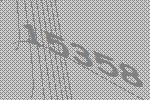
15358